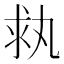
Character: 𠂃